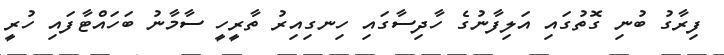
ފިރާގު ބުނި ގޮތުގައި އަލިފާނުގެ ހާދިސާގައި ހިނގިއިރު ތާރީހީ ސާމާނު ބަހައްޓާފައި ހުރީ